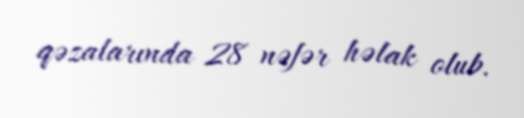
qəzalarında 28 nəfər həlak olub.